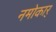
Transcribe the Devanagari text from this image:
नमोकार्